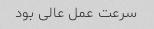
سرعت عمل عالی بود